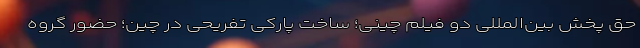
حق پخش بین‌المللی دو فیلم چینی؛ ساختِ پارکی تفریحی در چین؛ حضورِ گروه